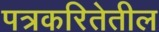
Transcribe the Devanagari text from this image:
पत्रकरितेतील